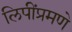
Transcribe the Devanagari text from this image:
लिपींप्रमणे